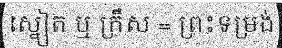
ស្នៀត ឬ ក្រឹស = ព្រះទម្រង់